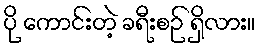
ပို ကောင်းတဲ့ ခရီးစဉ် ရှိလား။